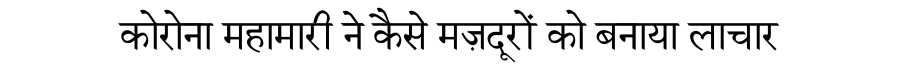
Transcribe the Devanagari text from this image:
कोरोना महामारी ने कैसे मज़दूरों को बनाया लाचार